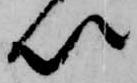
以